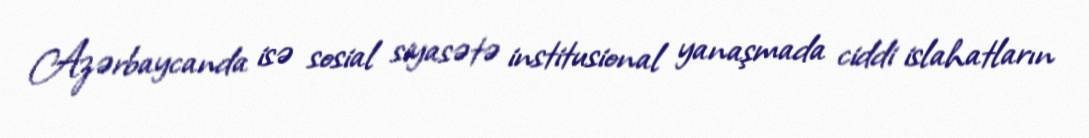
Azərbaycanda isə sosial siyasətə institusional yanaşmada ciddi islahatların